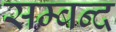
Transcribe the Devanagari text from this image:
सम्बन्द